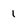
Character: 1